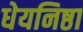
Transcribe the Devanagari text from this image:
धेयनिष्ठा